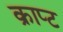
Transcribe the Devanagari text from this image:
क्राप्ट